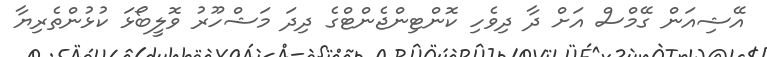
އޭޝިއަން ގޭމްސް އަށް ދާ ދިވެހި ކޮންޓިންޖެންޓްގެ ދިދަ މަޝްހޫރު ވޮލީބޯޅަ ކުޅުންތެރިޔާ